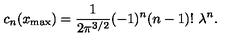
c _ { n } ( x _ { \mathrm { m a x } } ) = { \frac { 1 } { 2 \pi ^ { 3 / 2 } } } ( - 1 ) ^ { n } ( n - 1 ) ! \ \lambda ^ { n } .